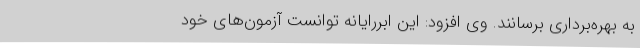
به بهره‌برداری برسانند. وی افزود: این ابررایانه توانست آزمون‌های خود